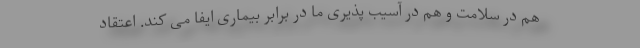
هم در سلامت و هم در آسیب پذیری ما در برابر بیماری ایفا می کند. اعتقاد